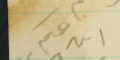
ابن عمكم